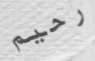
رحيم